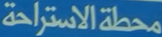
محطةالاستراحة